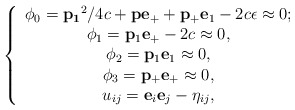
\begin{align*}\left\{\begin{array}{c}\phi_0={\bf p_1}^2/4c+{\bf p}{\bf e}_++{\bf p_+}{\bf e}_1-2c\epsilon\approx 0;\\\phi_1={\bf p}_1{\bf e}_+-2c\approx 0,\\\phi_2={\bf p}_1{\bf e}_1\approx 0,\\\phi_3={\bf p}_+{\bf e}_+\approx 0,\\u_{ij}={\bf e}_i{\bf e}_j-\eta_{ij},\end{array}\right.\end{align*}